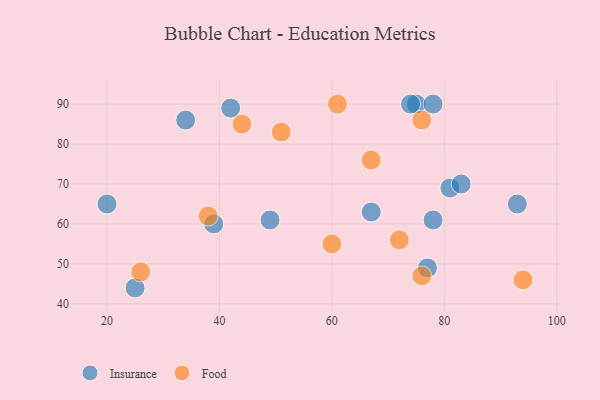
{"axis": {"x": "GDP", "y": "Life Expectancy"}, "legend": ["Food", "Insurance"], "data": [{"x": "81", "y": 69, "type": "Insurance"}, {"x": "34", "y": 86, "type": "Insurance"}, {"x": "83", "y": 70, "type": "Insurance"}, {"x": "42", "y": 89, "type": "Insurance"}, {"x": "78", "y": 61, "type": "Insurance"}, {"x": "75", "y": 90, "type": "Insurance"}, {"x": "93", "y": 65, "type": "Insurance"}, {"x": "20", "y": 65, "type": "Insurance"}, {"x": "77", "y": 49, "type": "Insurance"}, {"x": "39", "y": 60, "type": "Insurance"}, {"x": "78", "y": 90, "type": "Insurance"}, {"x": "49", "y": 61, "type": "Insurance"}, {"x": "74", "y": 90, "type": "Insurance"}, {"x": "25", "y": 44, "type": "Insurance"}, {"x": "67", "y": 63, "type": "Insurance"}, {"x": "67", "y": 76, "type": "Food"}, {"x": "26", "y": 48, "type": "Food"}, {"x": "76", "y": 47, "type": "Food"}, {"x": "76", "y": 86, "type": "Food"}, {"x": "38", "y": 62, "type": "Food"}, {"x": "72", "y": 56, "type": "Food"}, {"x": "60", "y": 55, "type": "Food"}, {"x": "94", "y": 46, "type": "Food"}, {"x": "44", "y": 85, "type": "Food"}, {"x": "51", "y": 83, "type": "Food"}, {"x": "61", "y": 90, "type": "Food"}]}